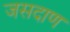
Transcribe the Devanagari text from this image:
जसदाण